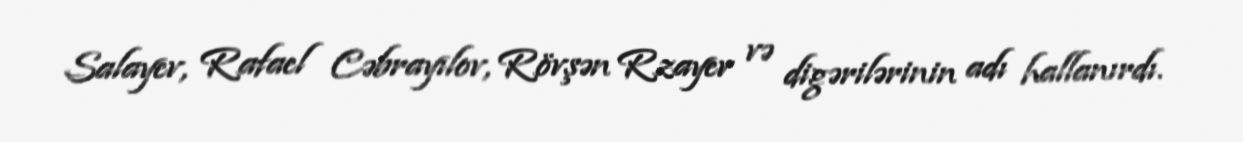
Salayev, Rafael Cəbrayılov, Rövşən Rzayev və digərilərinin adı hallanırdı.